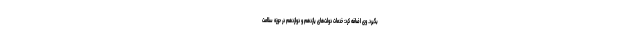
بگیرد. وی اضافه کرد: خدمات دولت‌های یازدهم و دوازدهم در حوزه سلامت